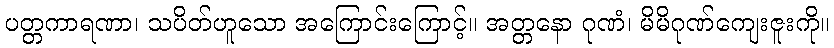
ပတ္တကာရဏာ၊ သပိတ်ဟူသော အကြောင်းကြောင့်။ အတ္တနော ဂုဏံ၊ မိမိဂုဏ်ကျေးဇူးကို။